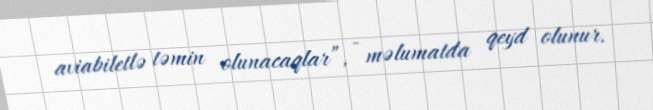
aviabiletlə təmin olunacaqlar”, - məlumatda qeyd olunur.